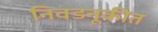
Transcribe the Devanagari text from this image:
निवडनूकीत